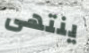
ينتهى